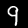
Label: 9